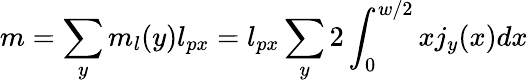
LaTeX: m=\sum_{y}m_{l}(y)l_{px}=l_{px}\sum_{y}2\int_{0}^{w/2}xj_{y}(x)dx